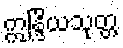
ဣန္ဒြိယသုတ္တ